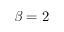
\beta = 2